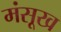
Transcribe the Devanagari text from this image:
मंसूख